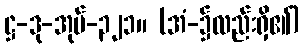
ဋ္ဌ-ဒု-အုပ်-၃၂၁။ (အံ-၌လည်းရှိ၏)